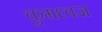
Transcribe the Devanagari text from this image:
कुमध्वज